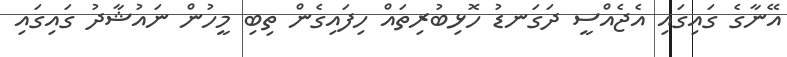
އޭނާގެ ގައިގައި އެޖެއްސީ ދަގަނޑު ހޮޅިބުރިތައް ހިފައިގެން ތިބި މީހުން ނައުޝާދު ގައިގައި